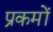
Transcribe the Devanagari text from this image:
प्रकमों